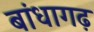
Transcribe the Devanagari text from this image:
बांधागढ़